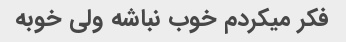
فکر میکردم خوب نباشه ولی خوبه